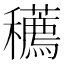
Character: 𥤆